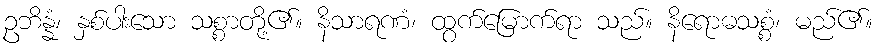
ဥဘိန္နံ၊ နှစ်ပါးသော သစ္စာတို့၏။ နိသာရဏံ၊ ထွက်မြောက်ရာ သည်။ နိရောဓသစ္စံ၊ မည်၏။